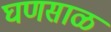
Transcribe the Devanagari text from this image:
घणसाळ